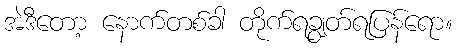
အဲဒီတော့ နောက်တစ်ခါ တိုက်ရချွတ်ရပြန်ရော။